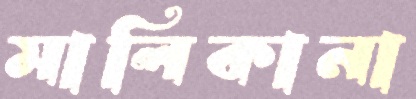
মালিকানা